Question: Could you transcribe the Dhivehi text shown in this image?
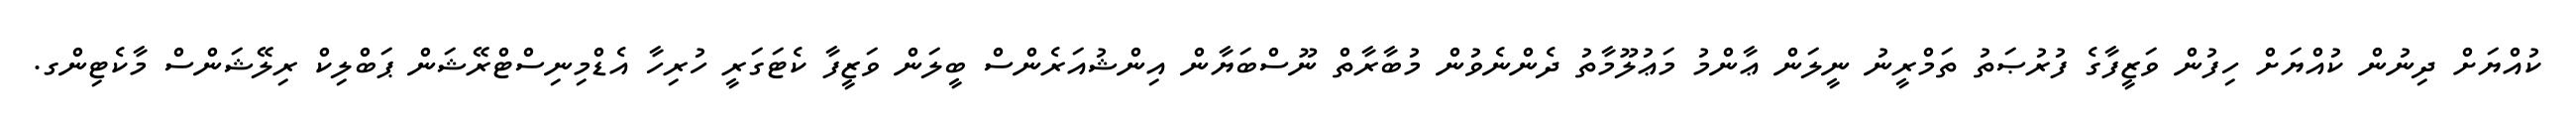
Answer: ކުއްޔަށް ދިނުން ކުއްޔަށް ހިފުން ވަޒީފާގެ ފުރުޞަތު ތަމްރީނު ނީލަން ޢާންމު މަޢުލޫމާތު ދެންނެވުން މުބާރާތް ނޫސްބަޔާން އިންޝުއަރެންސް ބީލަން ވަޒީފާ ކެޓަގަރީ ހުރިހާ އެޑްމިނިސްޓްރޭޝަން ޕަބްލިކް ރިލޭޝަންސް މާކެޓިންގ.